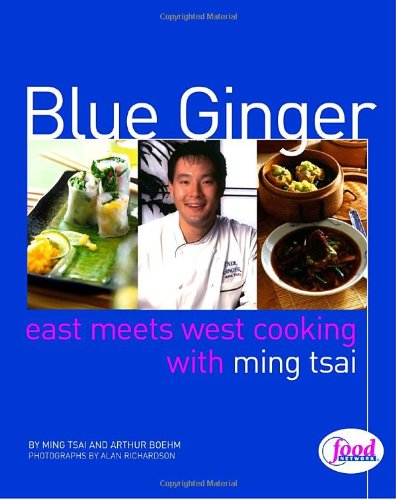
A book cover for Blue Ginger: East Meets West Cooking with Ming Tsai; Ming Tsai; Cookbooks, Food & Wine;